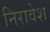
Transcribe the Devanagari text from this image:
निरावेश